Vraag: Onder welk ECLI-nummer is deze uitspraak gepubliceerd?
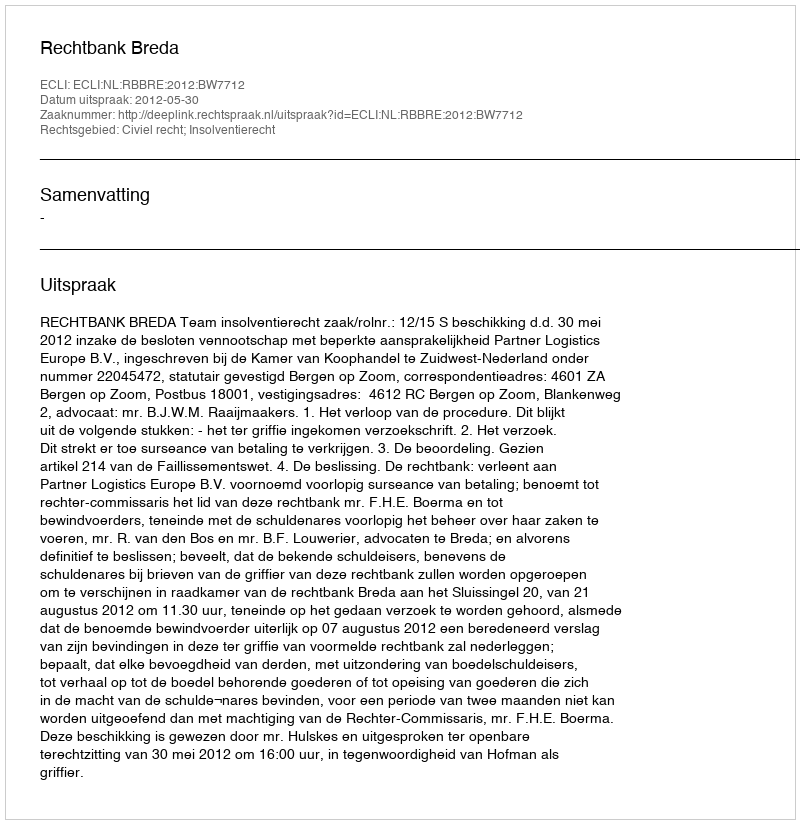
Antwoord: ECLI:NL:RBBRE:2012:BW7712